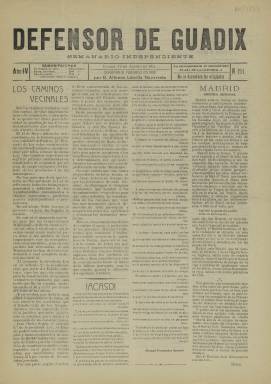
Título: Defensor de Guadix
Colección: Periódicos
Ámbito geográfico: Granada
Lugar de publicación: Guadix [Granada]
Fechas: 19/08/1911-19/08/1911

Este semanario independiente fue fundado en 1908 en Guadix por Alfonso Labella Navarrete, quien era jefe del Partido Liberal en esta localidad granadina y con el tiempo llegaría a ser también alcalde. La Biblioteca Nacional de España solo posee un número de esta publicación, el correspondiente al 19 de agosto de 1911.

   En la primera década del siglo XX Guadix contaba con una población de entre 12.00 y 13.000 habitantes. La localidad era y es además cabeza de partido de un gran número de pequeños municipios. Este conjunto poblacional daba para que hubiera en esa época hasta tres periódicos, cada uno de una distinta orientación política: El Accitano, de línea conservadora, El Combate, de ideario demócrata y el Defensor de Guadix de tendencia liberal.

 El Accitano y el Defensor de Guadix mantuvieron una agria polémica en torno a las elecciones generales y locales convocadas en 1910. Una vez que la lucha política amainó el periódico de Alfonso Labella fue perdiendo atractivo paulatinamente hasta desaparecer. Se cree que dejó de editarse al finalizar 1911.

   Con cuatro páginas como era lo habitual en estos periódicos de poblaciones que no eran capitales de provincia, pero tenían cierta entidad, el Defensor de Guadix daba prioridad a la difusión de su ideario liberal pero su contenido era una mezcolanza de informaciones con predominio de lo local y espacio para las noticias nacionales e internacionales, e incluso para piezas literarias.

En el número que posee la BNE asombra ver una noticia copiada del New York Herald en que se informa de los experimentos hechos en un hospital de Chicago por un doctor que asegura que el cuerpo está rodeado por una aureola luminosa, supuestamente el alma, que desaparece al morir la persona.

  Como también es frecuente en este tipo de publicaciones la última página estaba dedicada a la publicidad, llena de anuncios con cuyos ingresos se financiaría el periódico, si no totalmente al menos en parte.

  En la Red puede leerse un artículo de Manuel Jaramillo Cervilla sobre la historia de la prensa de Guadix desde mediados del siglo XIX hasta el primer tercio del siglo XX, publicado en el Boletín del Centro de Estudios ‘Pedro Suárez’ y de donde se han sacado algunos datos para esta descripción.

[Descripción publicada el 15/02/2023]